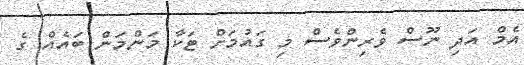
އެމް އަދި ނޫސް ވެރިންވެސް މި ގައުމަށް ޓަކާ މަންމަން ބައެއް ގެ